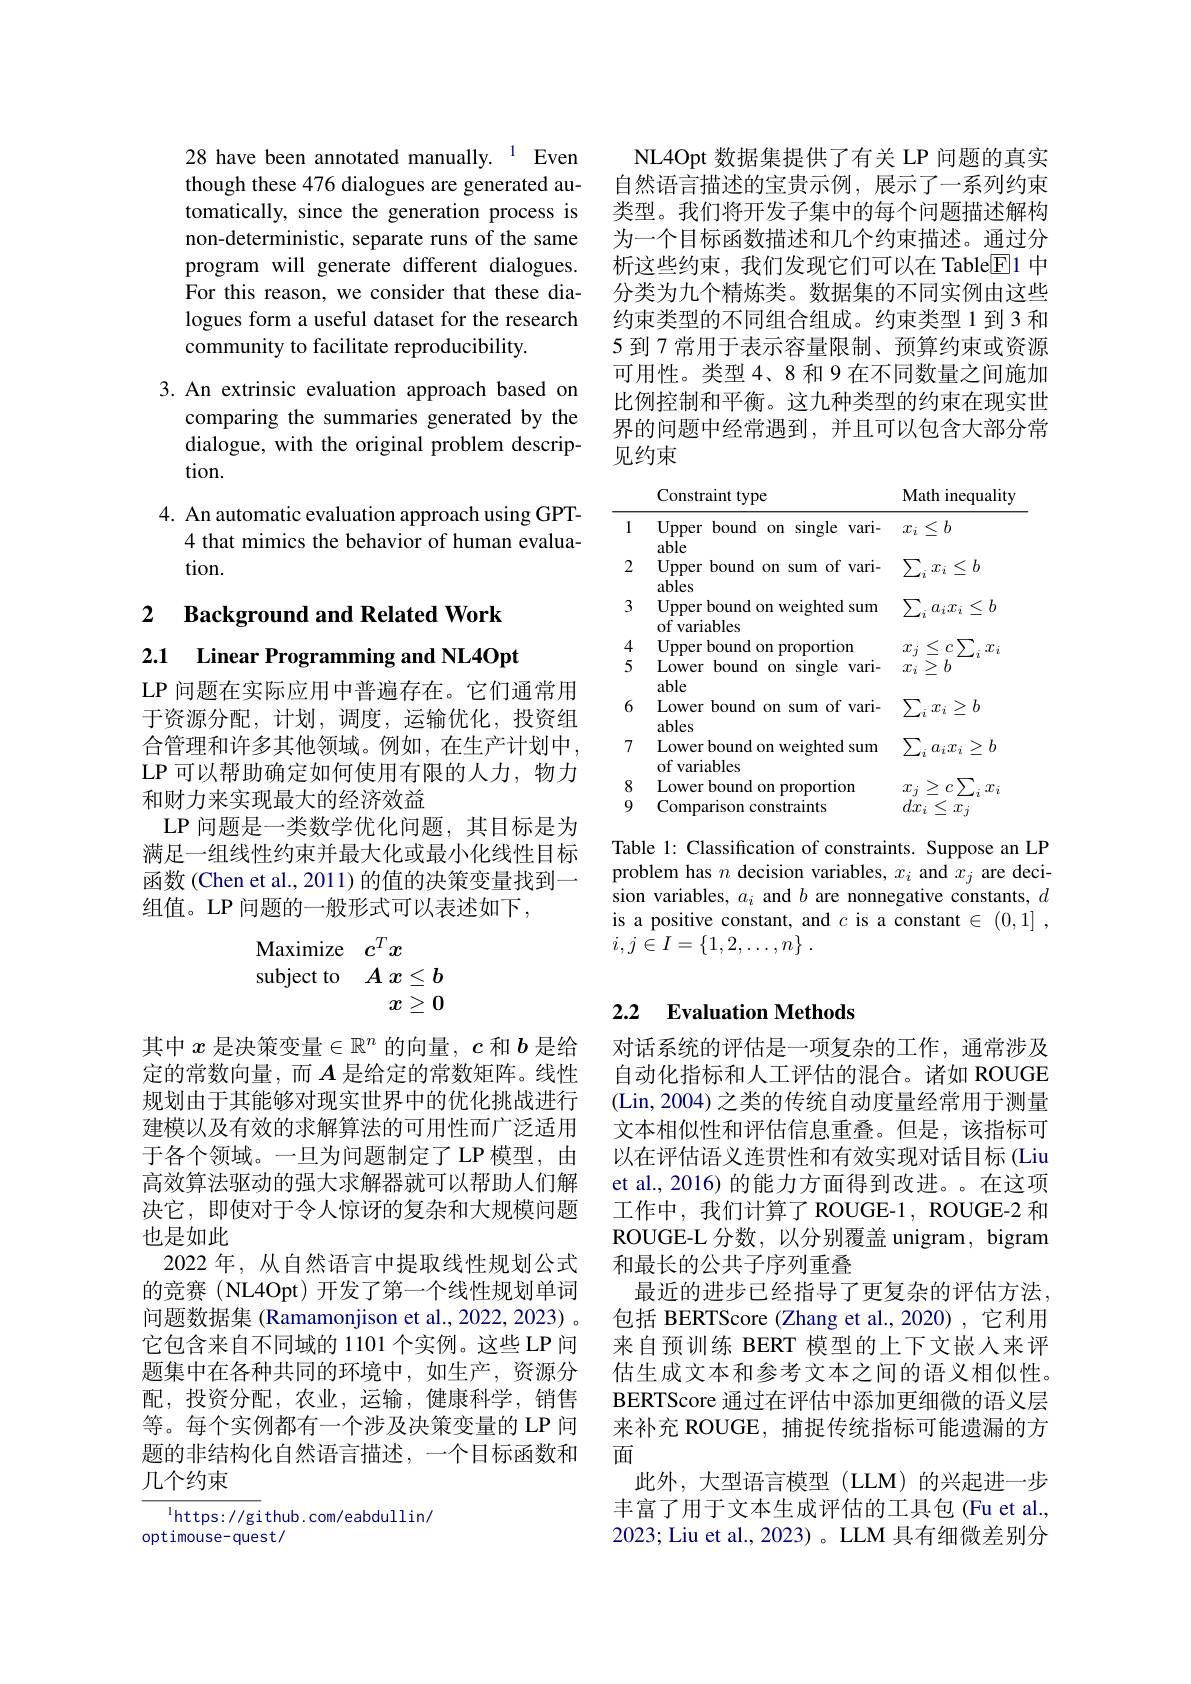
28 have been annotated manually. $^{1}$ Even though these 476 dialogues are generated automatically, since the generation process is non-deterministic, separate runs of the same program will generate different dialogues. For this reason, we consider that these dialogues form a useful dataset for the research community to facilitate reproducibility.

3. An extrinsic evaluation approach based on
comparing the summaries generated by the dialogue, with the original problem description.

4. An automatic evaluation approach using GPT-
4 that mimics the behavior of human evalua-
tion.

2 Background and Related Work

2.1 Linear Programming and NL4Opt

LP 问题在实际应用中普遍存在。它们通常用于资源分配，计划，调度，运输优化，投资组合管理和许多其他领域。例如，在生产计划中， LP 可以帮助确定如何使用有限的人力，物力和财力来实现最大的经济效益
LP 问题是一类数学优化问题，其目标是为满足一组线性约束并最大化或最小化线性目标函数(Chen et al., 2011) 的值的决策变量找到组值。LP 问题的一般形式可以表述如下，
$$\begin{array}{ll}\text{Maximize}&c^Tx\\\text{subject to}&A\:x\leq b\\&x\geq0\end{array}$$
其中$x$是决策变量$\in\mathbb{R}^n$的向量，$c$和$b$是给定的常数向量，而$A$是给定的常数矩阵。线性规划由于其能够对现实世界中的优化挑战进行建模以及有效的求解算法的可用性而广泛适用于各个领域。一旦为问题制定了 LP 模型，由高效算法驱动的强大求解器就可以帮助人们解决它，即使对于令人惊讶的复杂和大规模问题也是如此
2022 年，从自然语言中提取线性规划公式的竞赛(NL4Opt)开发了第一个线性规划单词问题数据集 (Ramamonjison et al., 2022, 2023) 。它包含来自不同域的 1101 个实例。这些 LP 问题集中在各种共同的环境中，如生产，资源分配，投资分配，农业，运输，健康科学，销售等。每个实例都有一个涉及决策变量的 LP 问题的非结构化自然语言描述，一个目标函数和几个约束

$^{1}$https://github.com/eabdullin/
optimouse-quest/

NL4Opt 数据集提供了有关 LP 问题的真实自然语言描述的宝贵示例，展示了一系列约束类型。我们将开发子集中的每个问题描述解构为一个目标函数描述和几个约束描述。通过分析这些约束，我们发现它们可以在 Table$\underline{\mathrm{E}}$1 中分类为九个精炼类。数据集的不同实例由这些约束类型的不同组合组成。约束类型 1 到 3 和5 到 7 常用于表示容量限制、预算约束或资源可用性。类型 4、8 和 9 在不同数量之间施加比例控制和平衡。这九种类型的约束在现实世界的问题中经常遇到，并且可以包含大部分常见约束

<table>
	<tbody>
		<tr>
			<th>1</th>
			<th>Upper bound on single $vari-$ able</th>
			<th>$\leq b$ $x_i$</th>
		</tr>
		<tr>
			<td>2</td>
			<td>Upper bound on sum of vari- ables</td>
			<td>$\sum_ix_i$ $\leq b$</td>
		</tr>
		<tr>
			<td>3</td>
			<td>Upper bound on weighted sum of variables</td>
			<td>$\sum_{i}$ $\leq$ $h$ $a_ix_i$</td>
		</tr>
		<tr>
			<td>4</td>
			<td>Upper bound on proportion</td>
			<td>$\mathcal{T}$ < $C$ $\mathcal{T}$</td>
		</tr>
		<tr>
			<td>5</td>
			<td>Lower bound on single $vari-$ able</td>
			<td>$\geq$ $b$ $x_i$</td>
		</tr>
		<tr>
			<td>6</td>
			<td>Lower bound on sum of vari- ables</td>
			<td>$\sum_{i}x_{i}\geq b$</td>
		</tr>
		<tr>
			<td>7</td>
			<td>Lower bound on weighted sum of variables</td>
			<td>$\sum_{i}$ $a_ix_i$ > T 1</td>
		</tr>
		<tr>
			<td>8</td>
			<td>Lower bound on proportion</td>
			<td>$x.$ > $C$ $\mathcal{T}$</td>
		</tr>
		<tr>
			<td>9 -</td>
			<td>Comparison constraints</td>
			<td>$dx$ $x$</td>
		</tr>
	</tbody>
</table>

Table 1: Classification of constraints. Suppose an LP problem has $n$ decision variables, $x_i$ and $x_j$ are decision variables, $a_i$ and $b$ are nonnegative constants, $d$ is a positive constant, and $c$ is a constant $\in ( 0, 1]$ , $i, j\in I= \{ 1, 2, \ldots , n\}$ .

## 2.2 Evaluation Methods

对话系统的评估是一项复杂的工作，通常涉及自动化指标和人工评估的混合。诸如 ROUGE (Lin, 2004) 之类的传统自动度量经常用于测量文本相似性和评估信息重叠。但是，该指标可以在评估语义连贯性和有效实现对话目标(Liu et al., 2016) 的能力方面得到改进。在这项工作中，我们计算了ROUGE-1, ROUGE-2 和ROUGE-L 分数，以分别覆盖 unigram, bigram 和最长的公共子序列重叠
最近的进步已经指导了更复杂的评估方法， 包括 BERTScore (Zhang et al.,2020) ,它利用来自预训练 BERT 模型的上下文嵌入来评估生成文本和参考文本之间的语义相似性。BERTScore 通过在评估中添加更细微的语义层来补充 ROUGE, 捕捉传统指标可能遗漏的方面
此外，大型语言模型(LLM)的兴起进一步丰富了用于文本生成评估的工具包(Fu et al., 2023; Liu et al., 2023) 。LLM 具有细微差别分